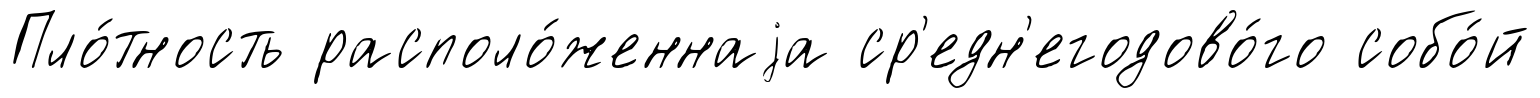
Пло́тность располо́женнаjа ср'едн'егодово́го собо́й